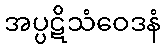
အပ္ပဋိသံဝေဒနံ